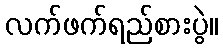
လက်ဖက်ရည်စားပွဲ။